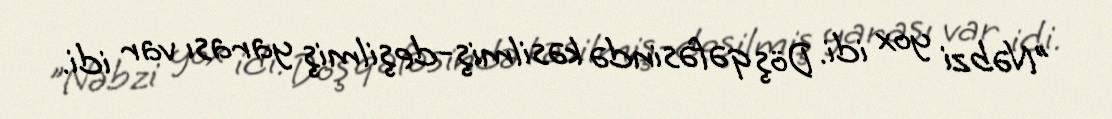
"Nəbzi yox idi. Döş qəfəsində kəsilmiş-deşilmiş yarası var idi.